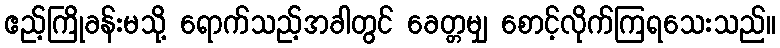
ဧည့်ကြိုခန်းမသို့ ရောက်သည့်အခါတွင် ခေတ္တမျှ စောင့်လိုက်ကြရသေးသည်။